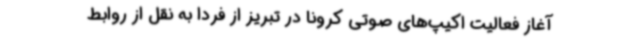
آغاز فعالیت‌ اکیپ‌های صوتی کرونا در تبریز از فردا به نقل از روابط